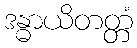
ဒန္ဓာယိတတ္တံ